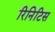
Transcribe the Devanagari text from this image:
रिनिटिस